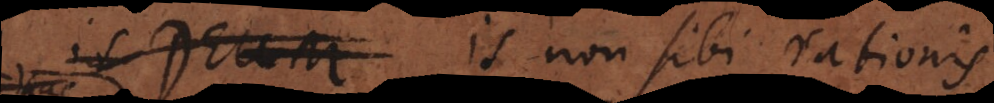
is Deum non sibi rationis